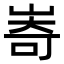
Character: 㟢